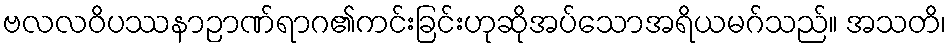
ဗလလဝိပဿနာဉာဏ်ရာဂ၏ကင်းခြင်းဟုဆိုအပ်သောအရိယမဂ်သည်။ အသတိ၊